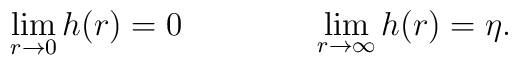
\lim_{r \rightarrow 0} h(r)= 0  \qquad \qquad  \lim_{r \rightarrow \infty} h(r)=\eta .